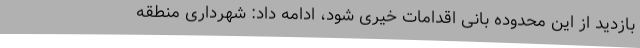
بازدید از این محدوده بانی اقدامات خیری شود، ادامه داد: شهرداری منطقه